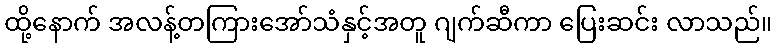
ထို့နောက် အလန့်တကြားအော်သံနှင့်အတူ ဂျက်ဆီကာ ပြေးဆင်း လာသည်။